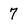
Character: 7